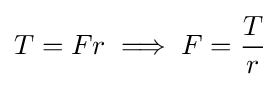
T=Fr\implies F={\frac {T}{r}}